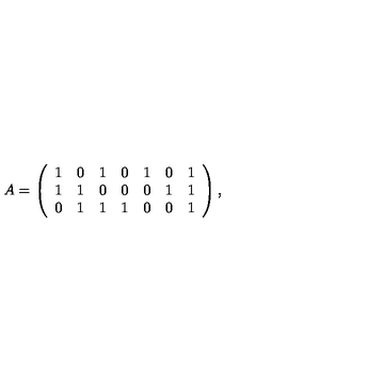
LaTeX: A = \left( \begin{array} { c c c c c c c } { 1 } & { 0 } & { 1 } & { 0 } & { 1 } & { 0 } & { 1 } \\ { 1 } & { 1 } & { 0 } & { 0 } & { 0 } & { 1 } & { 1 } \\ { 0 } & { 1 } & { 1 } & { 1 } & { 0 } & { 0 } & { 1 } \\ \end{array} \right) ,